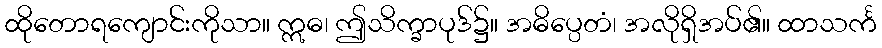
ထိုတောရကျောင်းကိုသာ။ ဣဓ၊ ဤသိက္ခာပုဒ်၌။ အဓိပ္ပေတံ၊ အလိုရှိအပ်၏။ ထာသင်္က